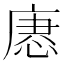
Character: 𢞢